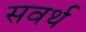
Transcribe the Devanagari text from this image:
सवर्थ